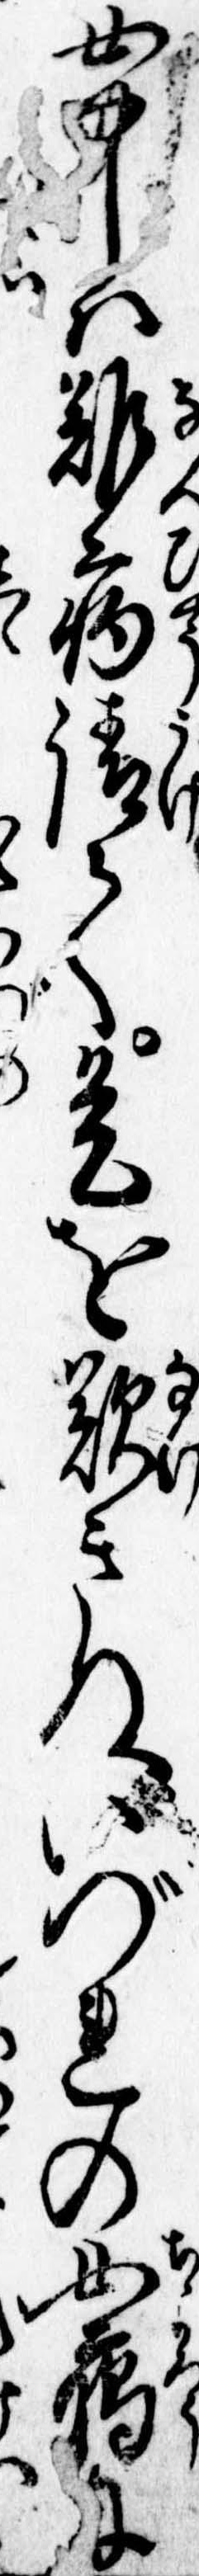
女中は難病請て是を歎きぬいづれの女﨟に